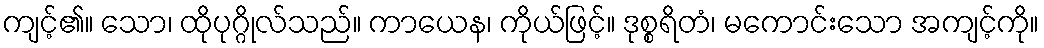
ကျင့်၏။ သော၊ ထိုပုဂ္ဂိုလ်သည်။ ကာယေန၊ ကိုယ်ဖြင့်။ ဒုစ္စရိတံ၊ မကောင်းသော အကျင့်ကို။